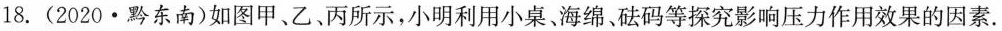
18. (2020·黔东南)如图甲、乙、丙所示，小明利用小桌、海绵、砝码等探究影响压力作用效果的因素.